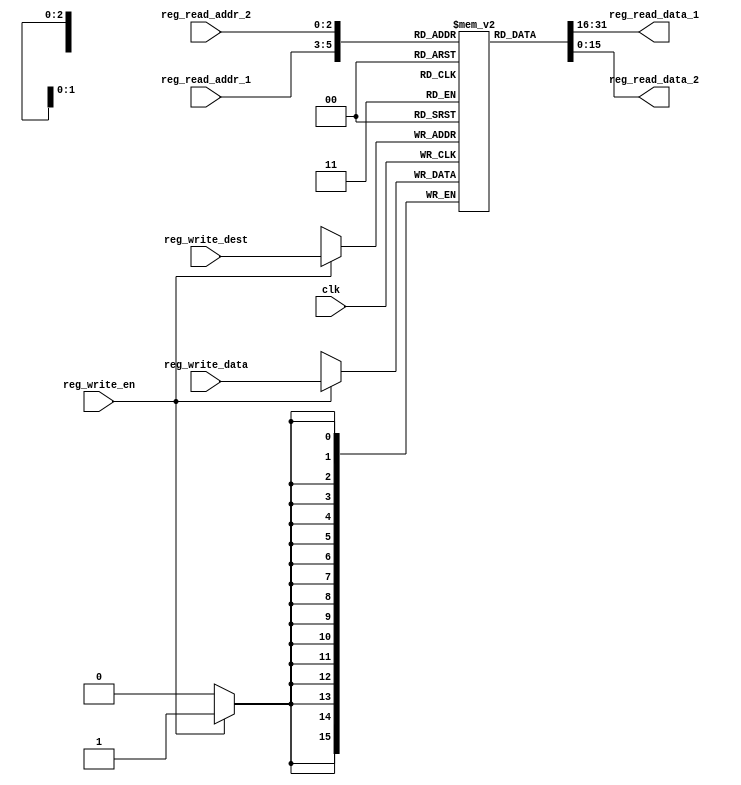
`timescale 1ns / 1ps
// fpga4student.com
// FPGA projects, VHDL projects, Verilog projects
// Verilog code for RISC Processor
// Verilog code for register file
module RegisterFile(
    input clk,

    // write port
    input reg_write_en,
    input [2:0] reg_write_dest,
    input [15:0] reg_write_data,

    // read port 1
    input [2:0] reg_read_addr_1,
    output [15:0] reg_read_data_1,

    // read port 2
    input [2:0] reg_read_addr_2,
    output [15:0] reg_read_data_2
);

reg [15:0] reg_array [7:0];
integer i;
// write port
//reg [2:0] i;

initial begin
    for(i = 0; i < 8; i = i + 1)
        reg_array[i] <= 16'd0;
end

always @ (posedge clk ) begin
    if (reg_write_en)
        reg_array[reg_write_dest] <= reg_write_data;
end

assign reg_read_data_1 = reg_array[reg_read_addr_1];
assign reg_read_data_2 = reg_array[reg_read_addr_2];

endmodule